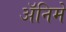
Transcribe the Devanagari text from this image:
अॅनिमे